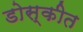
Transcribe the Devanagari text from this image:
डोस्कीत